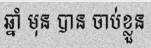
ឆ្នាំ មុន បាន ចាប់ខ្លួន